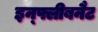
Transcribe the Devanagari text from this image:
इन्फ्लीबनैट